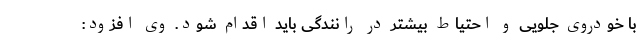
با خودروی جلویی و احتیاط بیشتر در رانندگی باید اقدام شود. وی افزود: